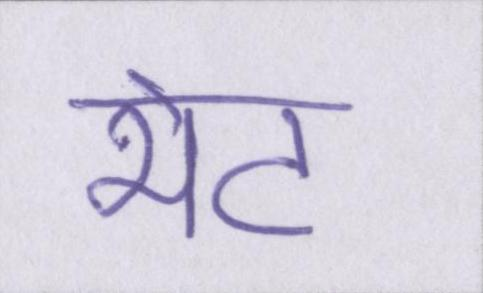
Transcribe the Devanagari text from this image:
भेट